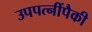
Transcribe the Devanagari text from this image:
उपपत्नींपैकी